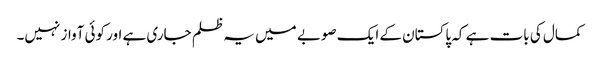
کمال کی بات ہے کہ پاکستان کے ایک صوبے میں یہ ظلم جاری ہے اور کوئی آواز نہیں۔